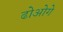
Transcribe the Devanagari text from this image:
ढोओगे